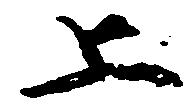
上